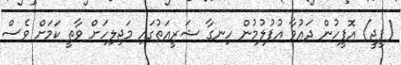
(ޕީޖީ) އޮފީހުން ދައުވާ އުފުލުމުން ހިނގާ ޝަރީއަތުގައި މަޖިލިހަށް ވާތީ ކަމަށް ވެސް